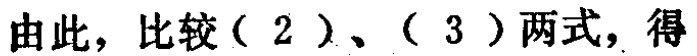
由此，比较（2）、（3）两式，得